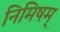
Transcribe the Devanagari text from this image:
निमिषम्